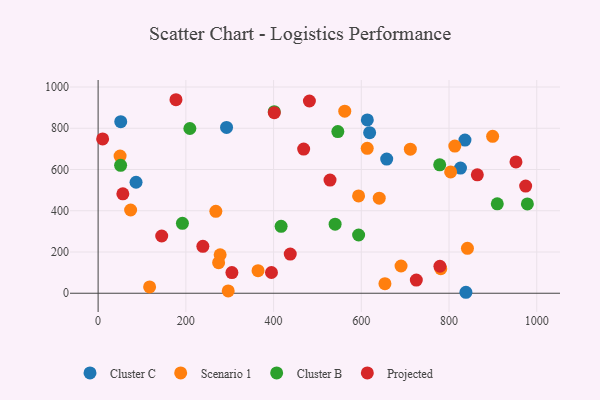
{"axis": {"x": "Price", "y": "Sales"}, "legend": ["Cluster B", "Cluster C", "Projected", "Scenario 1"], "data": [{"x": "836.3", "y": 742.7, "type": "Cluster C"}, {"x": "826.1", "y": 607.0, "type": "Cluster C"}, {"x": "613.7", "y": 840.3, "type": "Cluster C"}, {"x": "292.8", "y": 804.0, "type": "Cluster C"}, {"x": "51.6", "y": 831.9, "type": "Cluster C"}, {"x": "657.9", "y": 650.5, "type": "Cluster C"}, {"x": "619.0", "y": 778.7, "type": "Cluster C"}, {"x": "838.5", "y": 4.7, "type": "Cluster C"}, {"x": "86.5", "y": 538.1, "type": "Cluster C"}, {"x": "562.3", "y": 882.6, "type": "Scenario 1"}, {"x": "74.1", "y": 403.6, "type": "Scenario 1"}, {"x": "268.4", "y": 397.4, "type": "Scenario 1"}, {"x": "117.4", "y": 30.7, "type": "Scenario 1"}, {"x": "278.2", "y": 186.6, "type": "Scenario 1"}, {"x": "781.2", "y": 118.9, "type": "Scenario 1"}, {"x": "842.0", "y": 217.6, "type": "Scenario 1"}, {"x": "50.1", "y": 665.1, "type": "Scenario 1"}, {"x": "813.2", "y": 713.5, "type": "Scenario 1"}, {"x": "364.6", "y": 109.3, "type": "Scenario 1"}, {"x": "593.8", "y": 472.0, "type": "Scenario 1"}, {"x": "711.8", "y": 698.3, "type": "Scenario 1"}, {"x": "296.6", "y": 11.3, "type": "Scenario 1"}, {"x": "803.7", "y": 588.0, "type": "Scenario 1"}, {"x": "653.9", "y": 46.4, "type": "Scenario 1"}, {"x": "690.6", "y": 132.1, "type": "Scenario 1"}, {"x": "899.4", "y": 760.9, "type": "Scenario 1"}, {"x": "274.7", "y": 148.1, "type": "Scenario 1"}, {"x": "640.9", "y": 461.1, "type": "Scenario 1"}, {"x": "613.5", "y": 702.8, "type": "Scenario 1"}, {"x": "910.0", "y": 433.7, "type": "Cluster B"}, {"x": "401.5", "y": 880.6, "type": "Cluster B"}, {"x": "540.3", "y": 334.7, "type": "Cluster B"}, {"x": "546.5", "y": 783.7, "type": "Cluster B"}, {"x": "192.2", "y": 339.0, "type": "Cluster B"}, {"x": "593.9", "y": 282.5, "type": "Cluster B"}, {"x": "51.3", "y": 620.4, "type": "Cluster B"}, {"x": "978.6", "y": 433.1, "type": "Cluster B"}, {"x": "417.2", "y": 324.3, "type": "Cluster B"}, {"x": "209.2", "y": 798.9, "type": "Cluster B"}, {"x": "778.7", "y": 622.5, "type": "Cluster B"}, {"x": "481.7", "y": 932.1, "type": "Projected"}, {"x": "56.4", "y": 482.2, "type": "Projected"}, {"x": "468.6", "y": 698.9, "type": "Projected"}, {"x": "974.7", "y": 519.8, "type": "Projected"}, {"x": "779.2", "y": 130.9, "type": "Projected"}, {"x": "528.7", "y": 548.9, "type": "Projected"}, {"x": "177.5", "y": 938.3, "type": "Projected"}, {"x": "438.0", "y": 190.1, "type": "Projected"}, {"x": "238.8", "y": 227.4, "type": "Projected"}, {"x": "864.5", "y": 574.2, "type": "Projected"}, {"x": "952.6", "y": 636.5, "type": "Projected"}, {"x": "10.3", "y": 748.0, "type": "Projected"}, {"x": "401.7", "y": 875.3, "type": "Projected"}, {"x": "395.2", "y": 100.6, "type": "Projected"}, {"x": "305.0", "y": 100.4, "type": "Projected"}, {"x": "145.0", "y": 277.6, "type": "Projected"}, {"x": "725.4", "y": 64.0, "type": "Projected"}]}